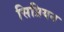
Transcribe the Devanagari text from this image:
सिप्रियन